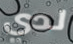
لدي